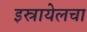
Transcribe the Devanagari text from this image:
इस्रायेलचा